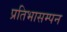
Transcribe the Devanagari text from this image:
प्रतिभासम्पन